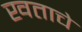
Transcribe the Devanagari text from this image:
खताचे